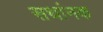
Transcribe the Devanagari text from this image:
सथांनक